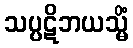
သပ္ပဋိဘယသ္မိံ